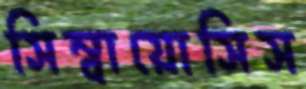
সিম্বায়োসিস